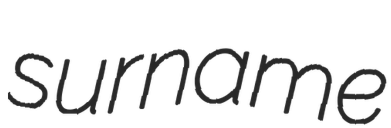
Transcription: surname